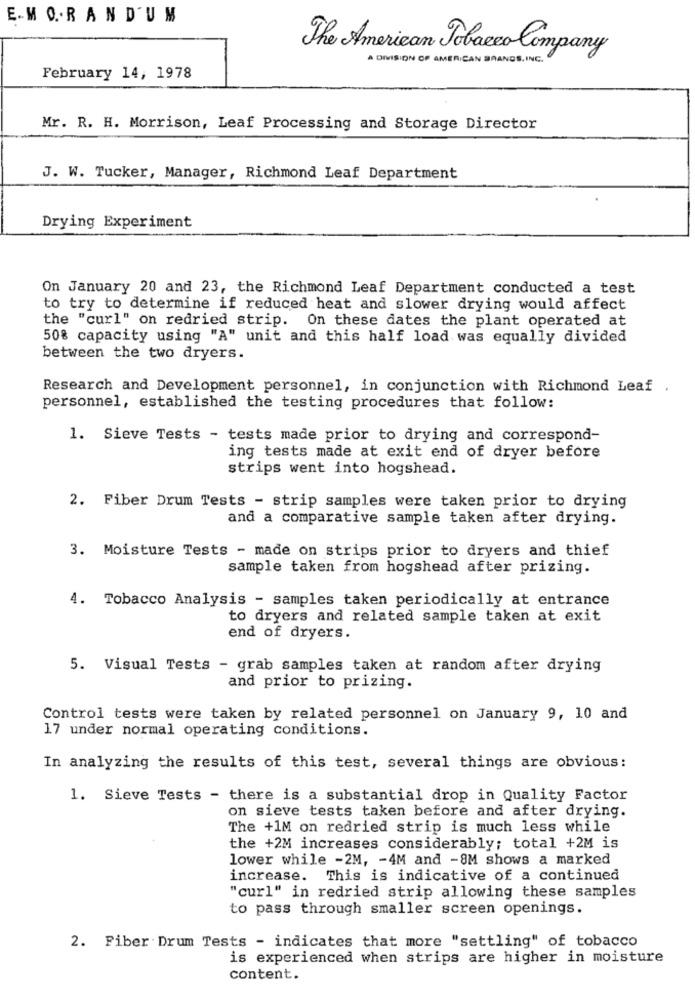
E-MO. RANDUM
The American Tobacco Company
À DIVISION OF AMERICAN BRANDS, INC.
February 14, 1978
Mr. R. H. Morrison, Leaf Processing and Storage Director
J. W. Tucker, Manager, Richmond Leaf Department
Drying Experiment
On January 20 and 23, the Richmond Leaf Department conducted a test
to try to determine if reduced heat and slower drying would affect
the "curl" on redried strip. On these dates the plant operated at
50% capacity using "A" unit and this half load was equally divided
between the two dryers.
Research and Development personnel, in conjunction with Richmond Leaf .
personnel, established the testing procedures that follow:
1. Sieve Tests - tests made prior to drying and correspond-
ing tests made at exit end of dryer before
strips went into hogshead.
2. Fiber Drum Tests - strip samples were taken prior to drying
and a comparative sample taken after drying.
3. Moisture Tests - made on strips prior to dryers and thief
sample taken from hogshead after prizing.
4. Tobacco Analysis - samples taken periodically at entrance
to dryers and related sample taken at exit
end of dryers.
5. Visual Tests - grab samples taken at random after drying
and prior to prizing.
Control tests were taken by related personnel on January 9, 10 and
17 under normal operating conditions.
In analyzing the results of this test, several things are obvious:
1. Sieve Tests - there is a substantial drop in Quality Factor
on sieve tests taken before and after drying.
The +1M on redried strip is much less while
the +2M increases considerably; total +2M is
lower while -2M, - 4M and -8M shows a marked
increase. This is indicative of a continued
"curl" in redried strip allowing these samples
to pass through smaller screen openings.
2. Piber Drum Tests - indicates that more "settling" of tobacco
is experienced when strips are higher in moisture
content.